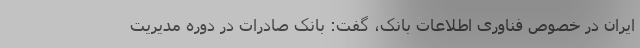
ایران در خصوص فناوری اطلاعات بانک، گفت: بانک صادرات در دوره مدیریت